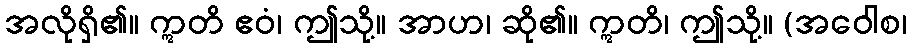
အလိုရှိ၏။ ဣတိ ဧဝံ၊ ဤသို့။ အာဟ၊ ဆို၏။ ဣတိ၊ ဤသို့။ (အဝေါစ၊